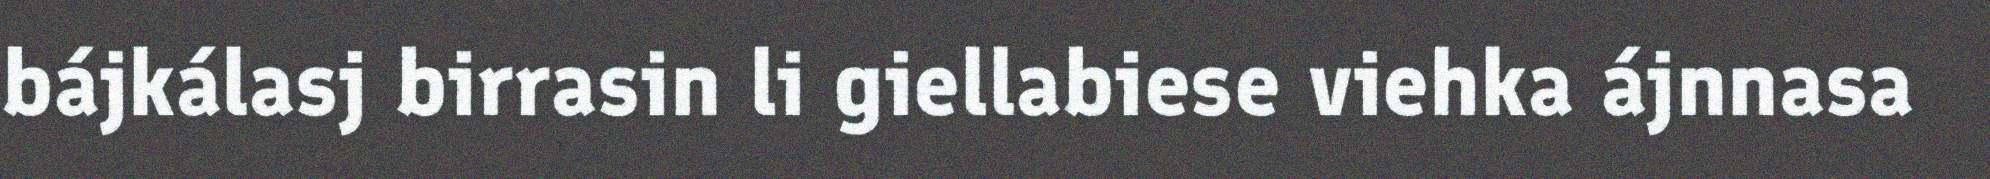
bájkálasj birrasin li giellabiese viehka ájnnasa